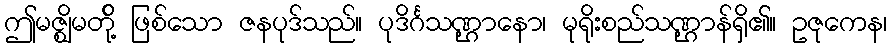
ဤမဇ္ဈိမတို့် ဖြစ်သော ဇနပုဒ်သည်။ ပုဒိင်္ဂသဏ္ဌာနော၊ မုရိုးစည်သဏ္ဌာန်ရှိ၏။ ဥဇုကေန၊